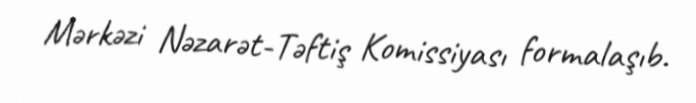
Mərkəzi Nəzarət-Təftiş Komissiyası formalaşıb.